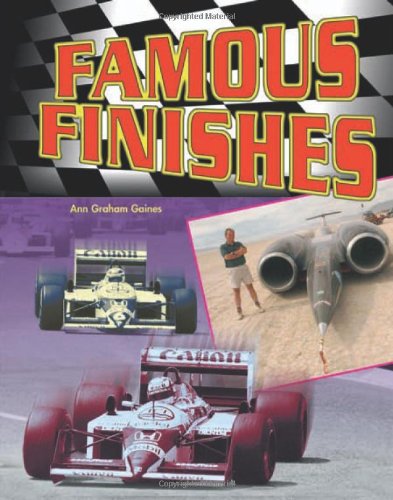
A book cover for Famous Finishes (Race Car Legends); Ann Graham Gaines; Teen & Young Adult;